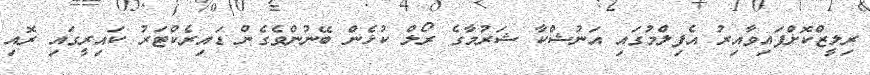
ރިލީޒްކޮށްފައިވާއިރު އެފިލްމުގައި އަނުޝްކާ ޝަރުމާގެ ރޯލް ކުޅެން ބޭނުންވެގެން ޑައިރެކްޓަރު ކައިރީގައި ރޮއި